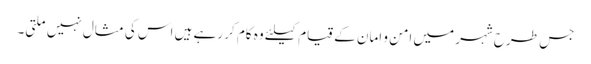
جس طرح شہر میں امن و امان کے قیام کیلئے وہ کام کر رہے ہیں اس کی مثال نہیں ملتی۔